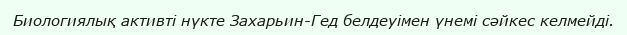
Биологиялық активті нүкте Захарьин-Гед белдеуімен үнемі сәйкес келмейді.